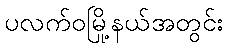
ပလက်ဝမြို့နယ်အတွင်း